Vaccination United Provinces of Agra and Oudh 1902-1913 - 1902-1913
Year: 1902
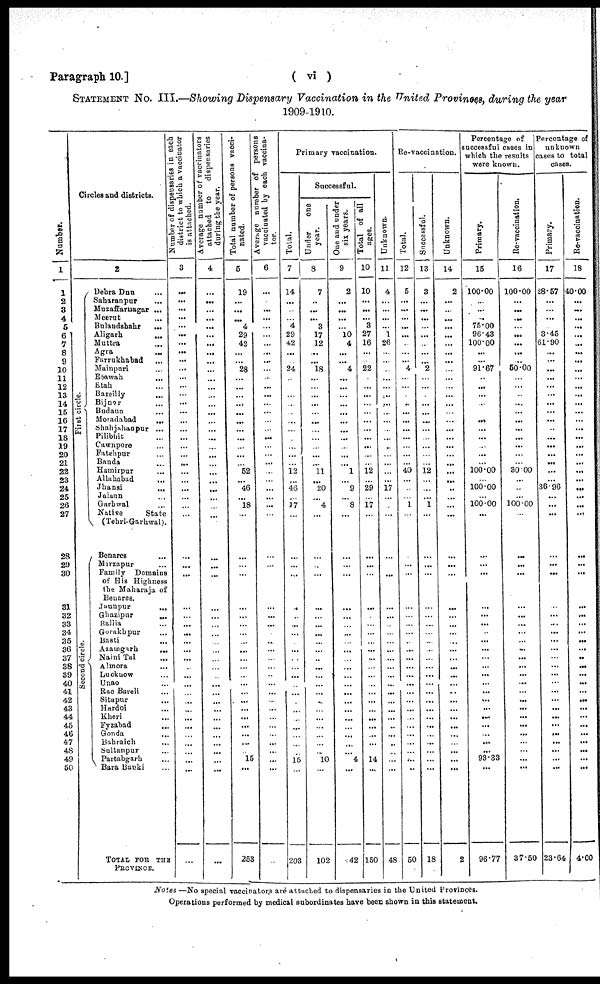
Paragraph 10.]
( vi )
STATEMENT No. III.—Showing Dispensary Vaccination in the United Provinces, during the year
1909-1910.
Number.
1
1
2
3
4
5
6
7
8
9
10
11
12
13
14
15
16
17
18
19
20
21
22
23
24
25
26
27
28
29
30
31
32
33
34
35
36
37
38
39
40
41
42
43
44
45
46
47
48
49
50
Circles and districts.
First circle.
Second circle.
2
Dehra Dun ...
Saharanpur ...
Muzaffarnagar ...
Meerut ...
Bulandshahr
...
Aligarh
...
Muttra ...
Agra ...
Farrukhabad ...
Mainpuri ...
Etawa ...
Etah ...
Bareilly ...
Bijnor ...
Budaun ...
Moradabad ...
Shahjahanpur ...
Pilibhit ...
Cawnpore ...
Fatehpur ...
Banda ...
Hamirpur ...
Allahabad
...
Jhansi
...
Jalann ...
Garhwal ...
Native
State
(Tehri-Garhwal).
Benares ...
Mirzapur ...
Family Domains
of His Highness
the Maharaja of
Benares.
Jaunpur
...
Ghazipur
...
Ballia ...
Gorakhpur ...
Basti ...
Azamgarh
...
Naini Tal ...
Almora ...
Lucknow ...
Unao ...
Rae Bareli ...
Sitapur ...
Hardoi ...
Kheri ...
Fyzabad ...
Gonda ...
Bahraich ...
Sultanpur ...
Partabgarh ...
Bara Banki ...
TOTAL FOR THE
PROVINCE.
Number of dispensaries in each
district to which a vaccinator
is
attached.
3
...
...
...
...
...
...
...
...
...
...
...
...
...
...
...
...
...
...
...
...
...
...
...
...
...
...
...
...
...
...
...
...
...
...
...
...
...
...
...
...
...
...
...
...
...
...
...
...
...
...
...
Average number of vaccinators
attached to
dispensaries
during the year.
4
...
...
...
... ...
...
...
...
...
...
...
...
...
...
...
...
...
...
...
...
...
...
...
...
...
...
...
...
...
...
...
...
...
...
...
...
...
...
...
...
...
...
...
...
...
...
...
...
...
...
...
Total number of persons vacci-
nated.
5
19
...
...
...
4
29
42
...
...
28
...
...
...
...
...
...
...
...
...
...
...
52
...
46
...
18
...
...
...
...
...
...
...
...
...
...
...
...
...
...
...
...
...
...
...
...
...
...
15
...
253
Average number of
persons
vaccinated by each vaccina-
tor.
6
...
...
...
...
...
...
...
...
...
...
...
...
...
...
...
...
...
...
...
...
...
...
...
...
...
...
...
...
...
...
...
...
...
...
...
...
...
...
...
...
...
...
...
...
...
...
...
...
...
...
...
Primary vaccination.
Total.
7
14
...
...
...
4
29
42
...
...
24
...
...
...
...
...
...
...
...
...
...
...
12
...
46
...
17
...
...
...
...
...
...
...
...
...
...
...
...
...
...
...
...
...
...
...
...
...
...
15
...
203
Successful.
Under
one
year.
8
7
..
...
... 3
17
12
...
...
18
...
...
...
...
...
...
...
...
...
...
...
11
...
20
...
4
...
...
...
...
...
...
...
...
...
...
...
...
...
...
...
...
...
...
...
...
...
...
10
...
102
One and under
six years.
9
2
...
...
...
...
10
4
...
...
4
...
...
...
...
...
...
...
...
...
...
...
1
...
9
...
8
...
...
...
...
...
...
...
...
...
...
...
...
...
...
...
...
...
...
...
...
...
...
4
...
42
Total
of
all
ages.
10
10
...
...
... 3
27
16
...
...
22
...
...
...
...
...
...
...
...
...
...
...
12
...
29
...
17
...
...
...
...
...
...
...
...
...
...
...
...
...
...
...
...
...
...
...
...
...
...
14
...
150
Unknown.
11
4
...
...
...
...
1
26
...
...
...
...
...
...
...
...
...
...
...
...
...
...
...
...
17
...
...
...
...
...
...
...
...
...
...
...
...
...
...
...
...
...
...
...
...
..
...
..
...
...
...
48
Re-vaccination.
Total.
12
5
...
...
...
...
...
...
...
...
4
...
...
...
..
...
...
...
...
...
...
...
40
...
...
...
1
...
...
...
...
...
...
...
...
...
...
...
...
...
...
...
...
...
...
...
...
...
...
...
...
50
Successful.
13
3
...
...
...
...
...
...
...
...
2
...
...
...
...
...
...
...
...
...
...
...
12
...
...
...
1
...
...
...
...
...
...
...
...
...
...
...
...
...
...
...
...
...
...
...
...
...
...
...
...
18
Unknown.
14
2
...
...
...
...
...
...
...
...
...
...
...
...
...
...
...
...
...
...
...
...
...
...
..
...
...
...
...
...
...
...
...
...
...
...
...
...
...
...
...
...
...
...
...
...
...
...
...
...
...
2
Percentage of
successful cases in
which the results
were known.
Primary.
15
100.00
...
...
...
75.00
96.43
100.00
...
...
91.67
...
...
...
...
...
...
...
...
...
...
...
100.00
...
100.00
...
100.00
...
...
...
...
...
...
...
...
...
...
...
...
...
...
...
...
...
...
...
...
...
...
93.33
...
96.77
Re-vaccination.
16
100.00
...
...
...
...
...
...
...
...
50.00
...
...
...
...
...
...
...
...
...
...
...
30.00
...
...
...
100.00
...
...
...
...
...
...
...
...
...
...
...
...
...
...
...
...
...
...
...
...
...
...
...
...
37.50
Percentage of
unknown
cases to total
cases.
Primary.
17
28.57
...
...
...
...
3.45
61.90
...
...
...
...
...
...
...
...
...
...
...
...
...
...
...
...
36.96
...
...
...
...
...
...
...
...
...
...
...
...
...
...
...
...
...
...
...
...
...
...
...
...
...
...
23.64
Re-vaccination.
18
40.00
...
...
...
...
...
...
...
...
...
...
...
...
...
...
...
...
...
...
...
...
...
...
...
...
...
...
...
...
...
...
...
...
...
...
...
...
...
...
...
...
...
...
...
...
...
...
...
...
...
4.00
Notes —No special vaccinators are attached to dispensaries in the United Provinces.
Operations performed by medical subordinates have been shown in this statement.